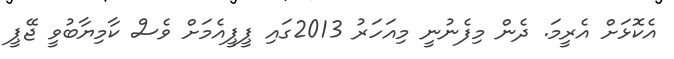
އެކޮޅަށް އެރީމަ. ދެން މިފެނުނީ މިއަހަރު 2013ގައި ޕީޕީއެމަށް ވެސް ކާމިޔާބުވީ ޖޭޕީ